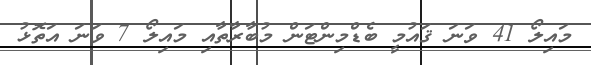
މައިލޯ 41 ވަނަ ޤައުމީ ބެޑްމިންޓަން މުބާރާތާއި މައިލޯ 7 ވަނަ އަތޮޅު